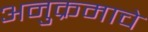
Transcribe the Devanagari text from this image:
अनुक्रमाचे